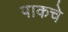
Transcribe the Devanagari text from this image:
पाकचे